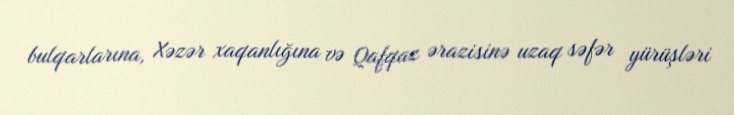
bulqarlarına, Xəzər xaqanlığına və Qafqaz ərazisinə uzaq səfər yürüşləri